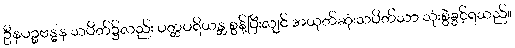
ဦနပဉ္စဗန္ဓန သပိတ်၌လည်း ပတ္တပရိယန္တ စွန့်ပြီးလျှင် အယုတ်ဆုံးသပိတ်သာ သုံးစွဲခွင့်ရသည်။